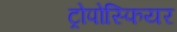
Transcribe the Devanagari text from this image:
ट्रोपोस्फियर